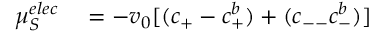
\begin{array} { r l } { { \mu } _ { S } ^ { e l e c } } & { { } = - v _ { 0 } [ ( c _ { + } - c _ { + } ^ { b } ) + ( c _ { -- } c _ { - } ^ { b } ) ] } \end{array}